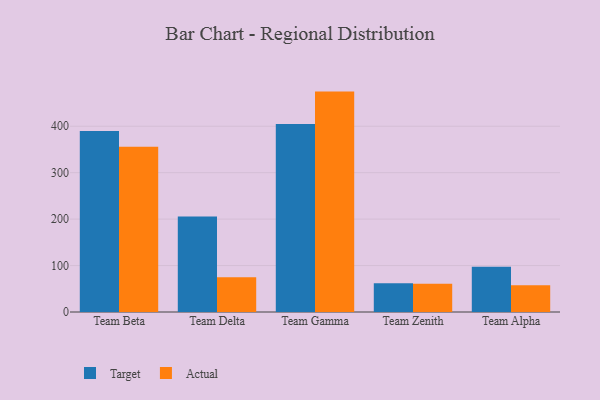
{"axis": {"x": "Team", "y": "Conversion Rate (%)"}, "legend": ["Actual", "Target"], "data": [{"x": "Team Beta", "y": 389.7, "type": "Target"}, {"x": "Team Beta", "y": 355.7, "type": "Actual"}, {"x": "Team Delta", "y": 205.8, "type": "Target"}, {"x": "Team Delta", "y": 75.0, "type": "Actual"}, {"x": "Team Gamma", "y": 405.1, "type": "Target"}, {"x": "Team Gamma", "y": 474.6, "type": "Actual"}, {"x": "Team Zenith", "y": 62.1, "type": "Target"}, {"x": "Team Zenith", "y": 60.7, "type": "Actual"}, {"x": "Team Alpha", "y": 97.4, "type": "Target"}, {"x": "Team Alpha", "y": 57.8, "type": "Actual"}]}